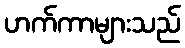
ဟက်ကာများသည်